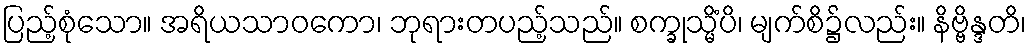
ပြည့်စုံသော။ အရိယသာဝကော၊ ဘုရားတပည့်သည်။ စက္ခုသ္မိံပိ၊ မျက်စိ၌လည်း။ နိဗ္ဗိန္ဒတိ၊